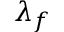
\lambda _ { f }